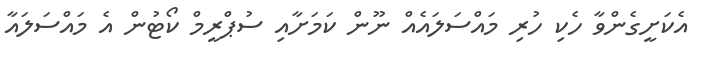
އެކަށީގެންވާ ހެކި ހުރި މައްސަލައެއް ނޫން ކަމަށާއި ސުޕްރީމް ކޯޓުން އެ މައްސަލައާ